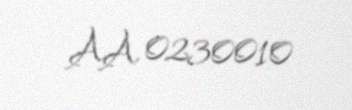
AA 0230010